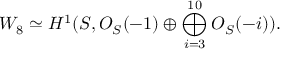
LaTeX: W _ { 8 } \simeq H ^ { 1 } ( { \cal S } , { \cal O } _ { \cal S } ( - 1 ) \oplus \bigoplus _ { i = 3 } ^ { 1 0 } { \cal O } _ { \cal S } ( - i ) ) .